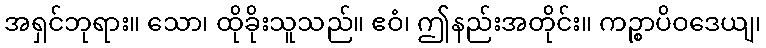
အရှင်ဘုရား။ သော၊ ထိုခိုးသူသည်။ ဧဝံ၊ ဤနည်းအတိုင်း။ ကဉ္စာပိဝဒေယျ၊